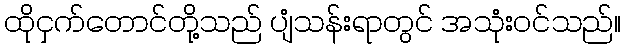
ထိုငှက်တောင်တို့သည် ပျံသန်းရာတွင် အသုံးဝင်သည်။